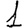
Digit: 1